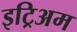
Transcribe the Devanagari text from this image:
इट्रिअम